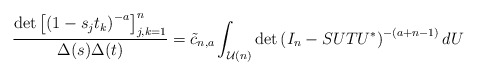
\begin{align*} \frac{\det \left[\left(1-s_j t_k\right)^{-a} \right]_{j,k=1}^n}{\Delta(s) \Delta(t)} = \tilde{c}_{n,a} \int_{\mathcal U(n)} \det \left(I_n-SUTU^*\right)^{-(a+n-1)} dU\end{align*}